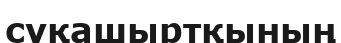
суқашыртқының